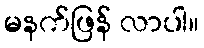
မနက်ဖြန် လာပါ။